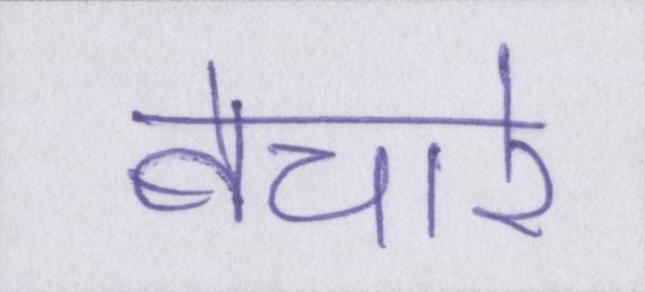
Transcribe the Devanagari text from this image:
बेचारे